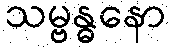
သမ္ဗန္ဓနော